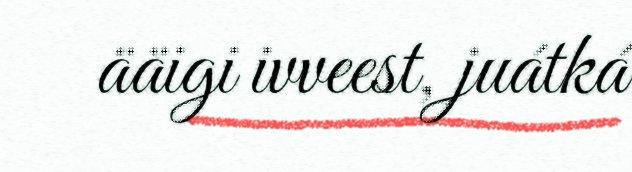
ääigi ivveest, juátká